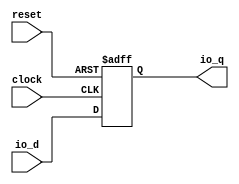
module AsyncResetRegVec_w32_i0(
  input         clock,
  input         reset,
  input  [31:0] io_d,
  output [31:0] io_q
);
  reg [31:0] reg_;
  assign io_q = reg_;

  always @(posedge clock or posedge reset) begin
    if (reset) begin
      reg_ <= 32'h0;
    end else begin
      reg_ <= io_d;
    end
  end

endmodule